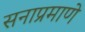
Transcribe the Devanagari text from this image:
सनाप्रमाणे